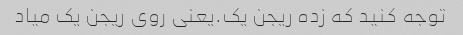
توجه کنید که زده ریجن یک.یعنی روی ریجن یک میاد